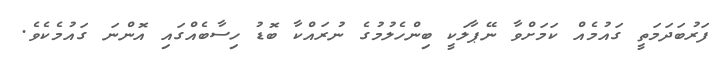
ފަރުބަދަމަތީ ގައުމެއް ކަމަށްވާ ނޭޕާލަކީ ބިންހެލުމުގެ ނުރައްކާ ބޮޑު ހިސާބެއްގައި އޮންނަ ގައުމެކެވެ.